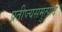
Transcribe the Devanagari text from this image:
प्रतीप्त्यसमुत्पाद